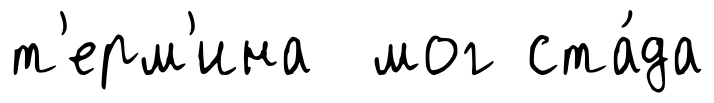
т'ерм'ина мог ста́да